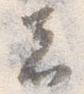
者